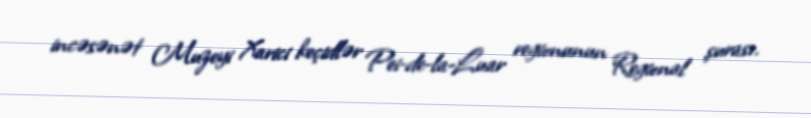
incəsənət Muzeyi Xarici keçidlər Pei-de-la-Luar regionunun Regional şurası.